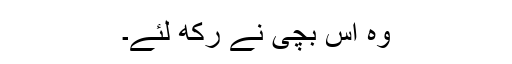
وہ اس بچی نے رکھ لئے۔